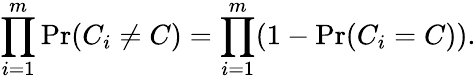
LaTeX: \prod_{i=1}^{m}\operatorname*{Pr}(C_{i}\neq C)=\prod_{i=1}^{m}(1-\operatorname*{Pr}(C_{i}=C)).